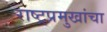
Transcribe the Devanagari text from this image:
राष्ट्रप्रमुखांचा